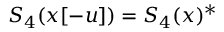
S _ { 4 } ( x [ - u ] ) = S _ { 4 } ( x ) ^ { * }